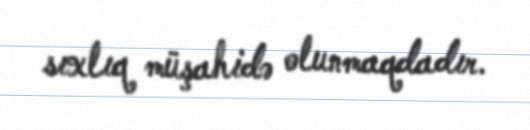
sıxlıq müşahidə olunmaqdadır.